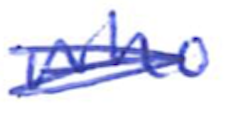
Text: who
Cross-out: scratch
Writing tool: ballpoint